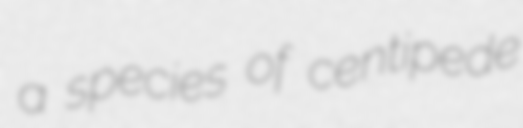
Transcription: a species of centipede